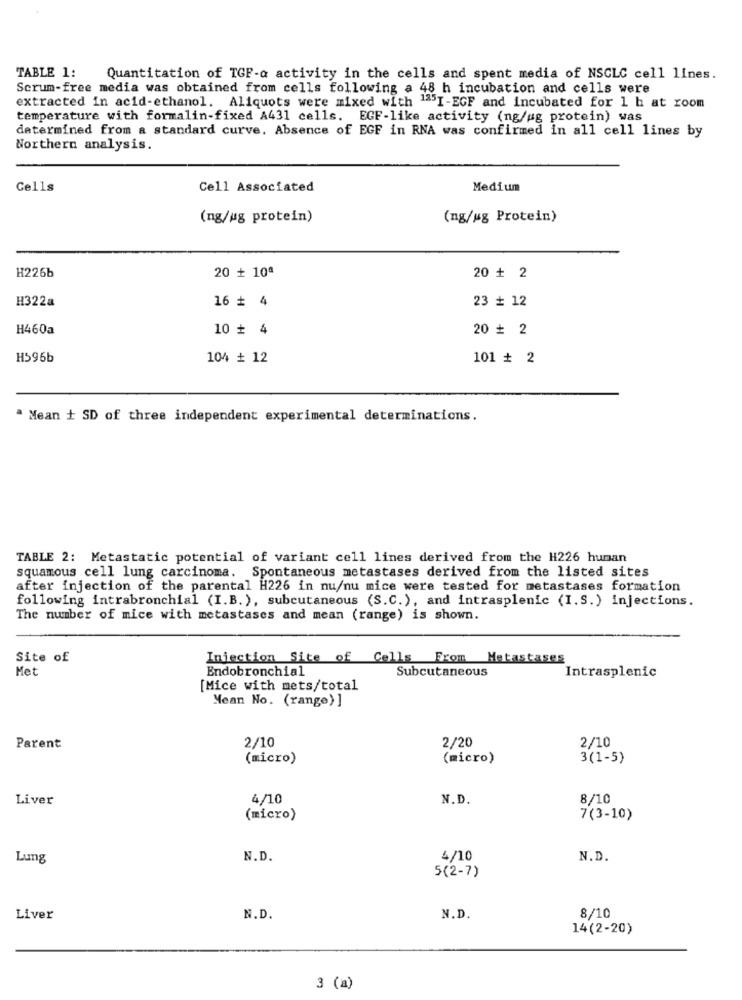
TABLE 1:
Quantitation of TGF-a activity in the cells and spent media of NSCLC cell lines.
Scrum-free media was obtained from cells following a 48 h incubation and cells were
extracted In acid-ethanol. Aliquots were mixed with "I-EGF and incubated for 1 h at room
temperature with formalin-fixed A431 cells. EGF-like activity (ng/ug protein) was
determined from a standard curve. Absence of EGF in RNA was confirmed in all cell lines by
Northern analysis.
Cells
Cell Associated
Medium
(ng/ug protein)
(ng/ug Protein)
20 + 10ª
H226b
20 + 2
H322a
16 + 4
23 + 12
H460a
10 + 4
20 + 2
H596b
104 + 12
101 + 2
a Mean + SD of three independent experimental determinations.
TABLE 2: Metastatic potential of variant cell lines derived from the H226 human
squamous cell lung carcinoma. Spontaneous metastases derived from the listed sites
after injection of the parental H226 in nu/nu mice were tested for metastases formation
following intrabronchial (I.B.), subcutaneous (S.C.), and intrasplenic (I.S.) injections.
The number of mice with metastases and mean (range) is shown.
Site of
Injection Site of Cells From Metastases
Met
Endobronchial
Subcutaneous
Intrasplenic
[Mice with mets/total
Mean No. (range) ]
2/10
2/20
Parent
2/10
(micro)
(micro)
3(1-5)
Liver
4/10
N.D.
8/10
(micro)
7(3-10)
Lung
N.D.
4/10
N.D.
5(2-7)
Liver
N.D.
N.D.
8/10
14(2-20)
3 (a)